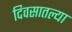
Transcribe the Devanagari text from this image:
दिवसातल्या